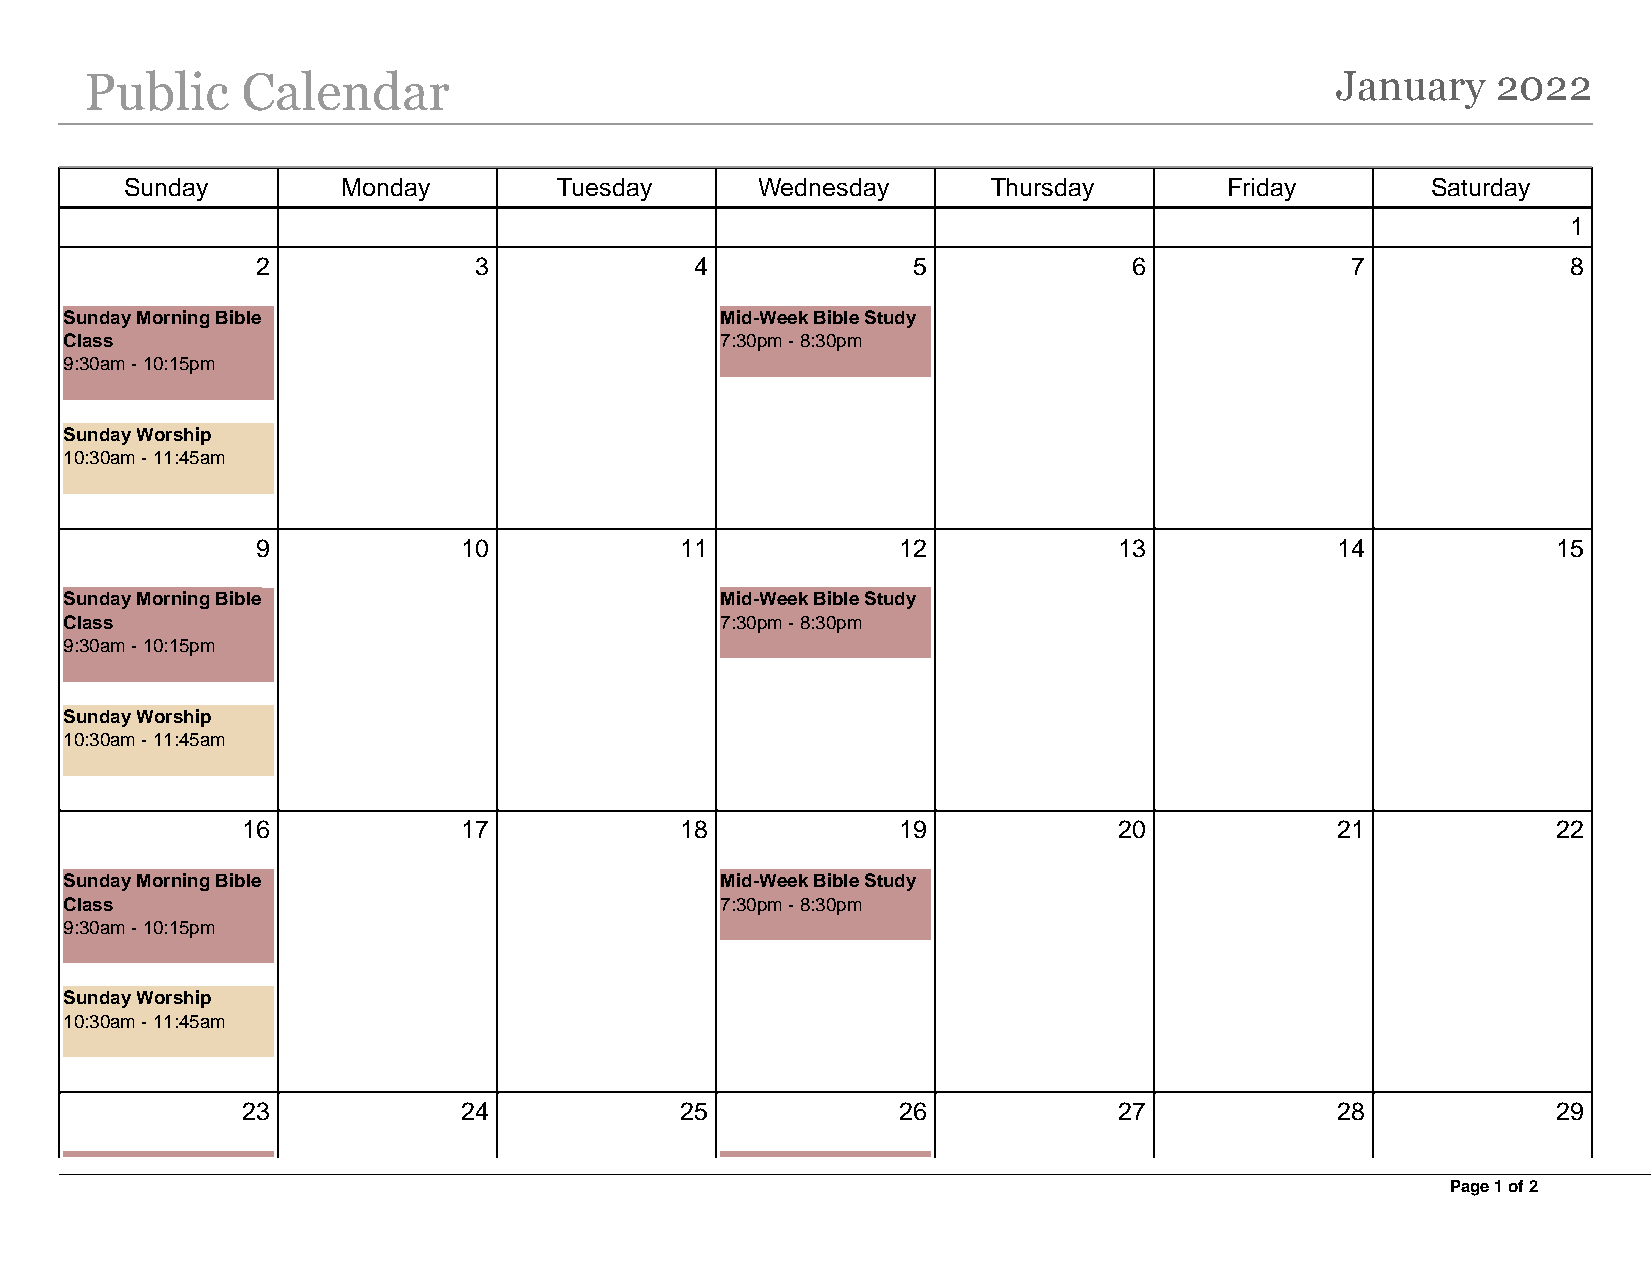
Public    Calendar                                                                January    2022
 Sunday         Monday        Tuesday      Wednesday       Thursday       Friday        Saturday
 1
 2             3              4             5              6             7              8
 Sunday Morning Bible                        Mid-Week Bible Study
 Class                                       7:30pm - 8:30pm
 9:30am - 10:15pm
 Sunday Worship
 10:30am - 11:45am
 9             10            11            12             13            14             15
 Sunday Morning Bible                        Mid-Week Bible Study
 Class                                       7:30pm - 8:30pm
 9:30am - 10:15pm
 Sunday Worship
 10:30am - 11:45am
 16             17            18            19             20            21             22
 Sunday Morning Bible                        Mid-Week Bible Study
 Class                                       7:30pm - 8:30pm
 9:30am - 10:15pm
 Sunday Worship
 10:30am - 11:45am
 23             24            25            26             27            28             29
 Page 1 of 2